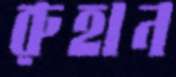
রুহান